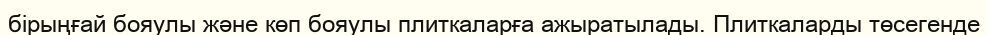
бірыңғай бояулы және көп бояулы плиткаларға ажыратылады. Плиткаларды төсегенде